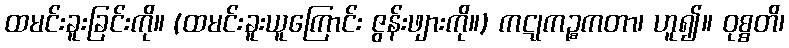
ထမင်းခူးခြင်းကို။ (ထမင်းခူးယူကြောင်း ဇွန်းဖျားကို။) ကဋုကဉ္စကတာ၊ ဟူ၍။ ဝုစ္စတိ၊